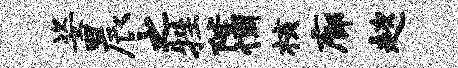
姿晨之牲陛惆核廊趑